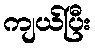
ကျယ်ပြီး